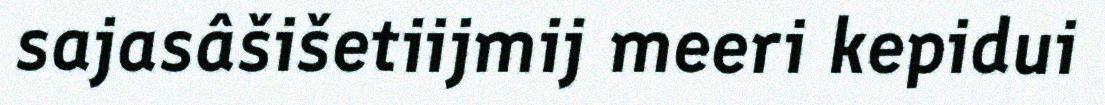
sajasâšišetiijmij meeri kepidui